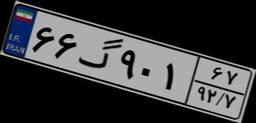
۵۲گ۰۱۳۵۵